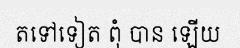
តទៅទៀត ពុំ បាន ឡើយ